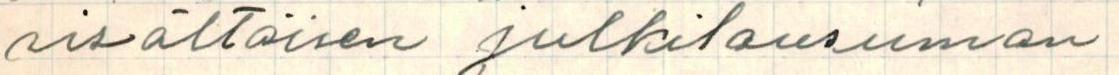
sisältöisen julkilausuman